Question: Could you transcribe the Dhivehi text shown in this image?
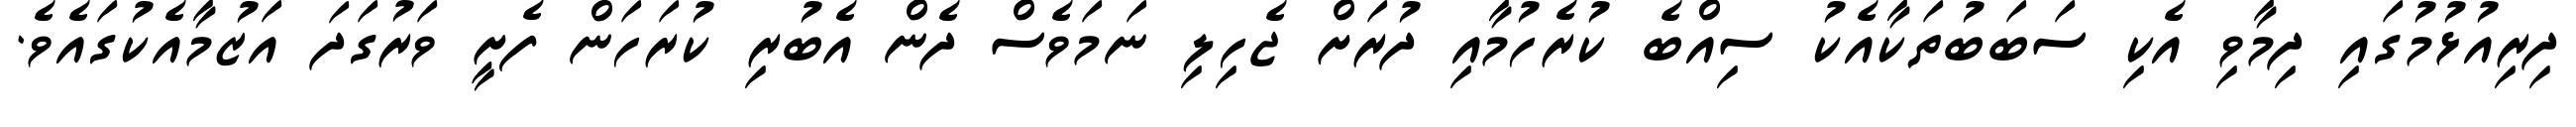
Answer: ދިރިއުޅުމުގައި ދިމާވި އެކި ސަބަބުތަކާއެކު ސިއްބެ ކުރެހުމާއި ދުރަށް ޖެހިލި ނަމަވެސް ދެން އެބުރި ކުރަހަން ފެށީ ވަރުގަދަ އަޒުމާއެކުގައެވެ.